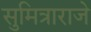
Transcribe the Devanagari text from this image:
सुमित्राराजे